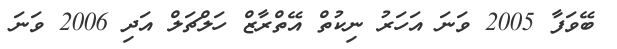
ބޭވަފާ 2005 ވަނަ އަހަރު ނިކުތް އޭތްރާޒް ހަލްޗަލް އަދި 2006 ވަނަ